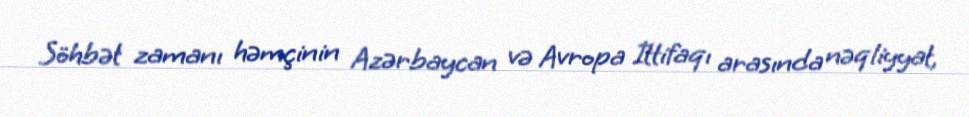
Söhbət zamanı həmçinin Azərbaycan və Avropa İttifaqı arasında nəqliyyat,